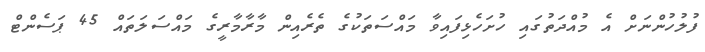
ފުލުހުންނަށް އެ މުއްދަތުގައި ހުށަހެޅިފައިވާ މައްސަތަކުގެ ތެރެއިން މާރާމާރީގެ މައްސަލަތައް 45 ޕަސެންޓް